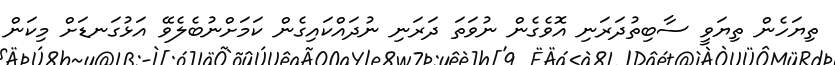
ތިޔަހެން ތިޔަވީ ސާބިތުދަރަނި އޮވެގެން ނުވަތަ ދަރަނި ނުދައްކައިގެން ކަމަށްނުބެލެވޭ އަޅުގަނޑަށް މިކަން